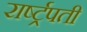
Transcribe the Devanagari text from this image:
रार्ष्ट्रपती